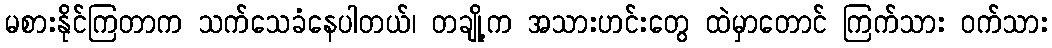
မစားနိုင်ကြတာက သက်သေခံနေပါတယ်၊ တချို့က အသားဟင်းတွေ ထဲမှာတောင် ကြက်သား ဝက်သား